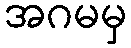
အဂမမှ